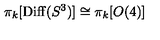
\pi _ { k } [ \mathrm { D i f f } ( S ^ { 3 } ) ] \cong \pi _ { k } [ O ( 4 ) ]